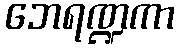
ဘေရဏ္ဍကာ